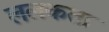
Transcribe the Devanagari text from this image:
ललकता